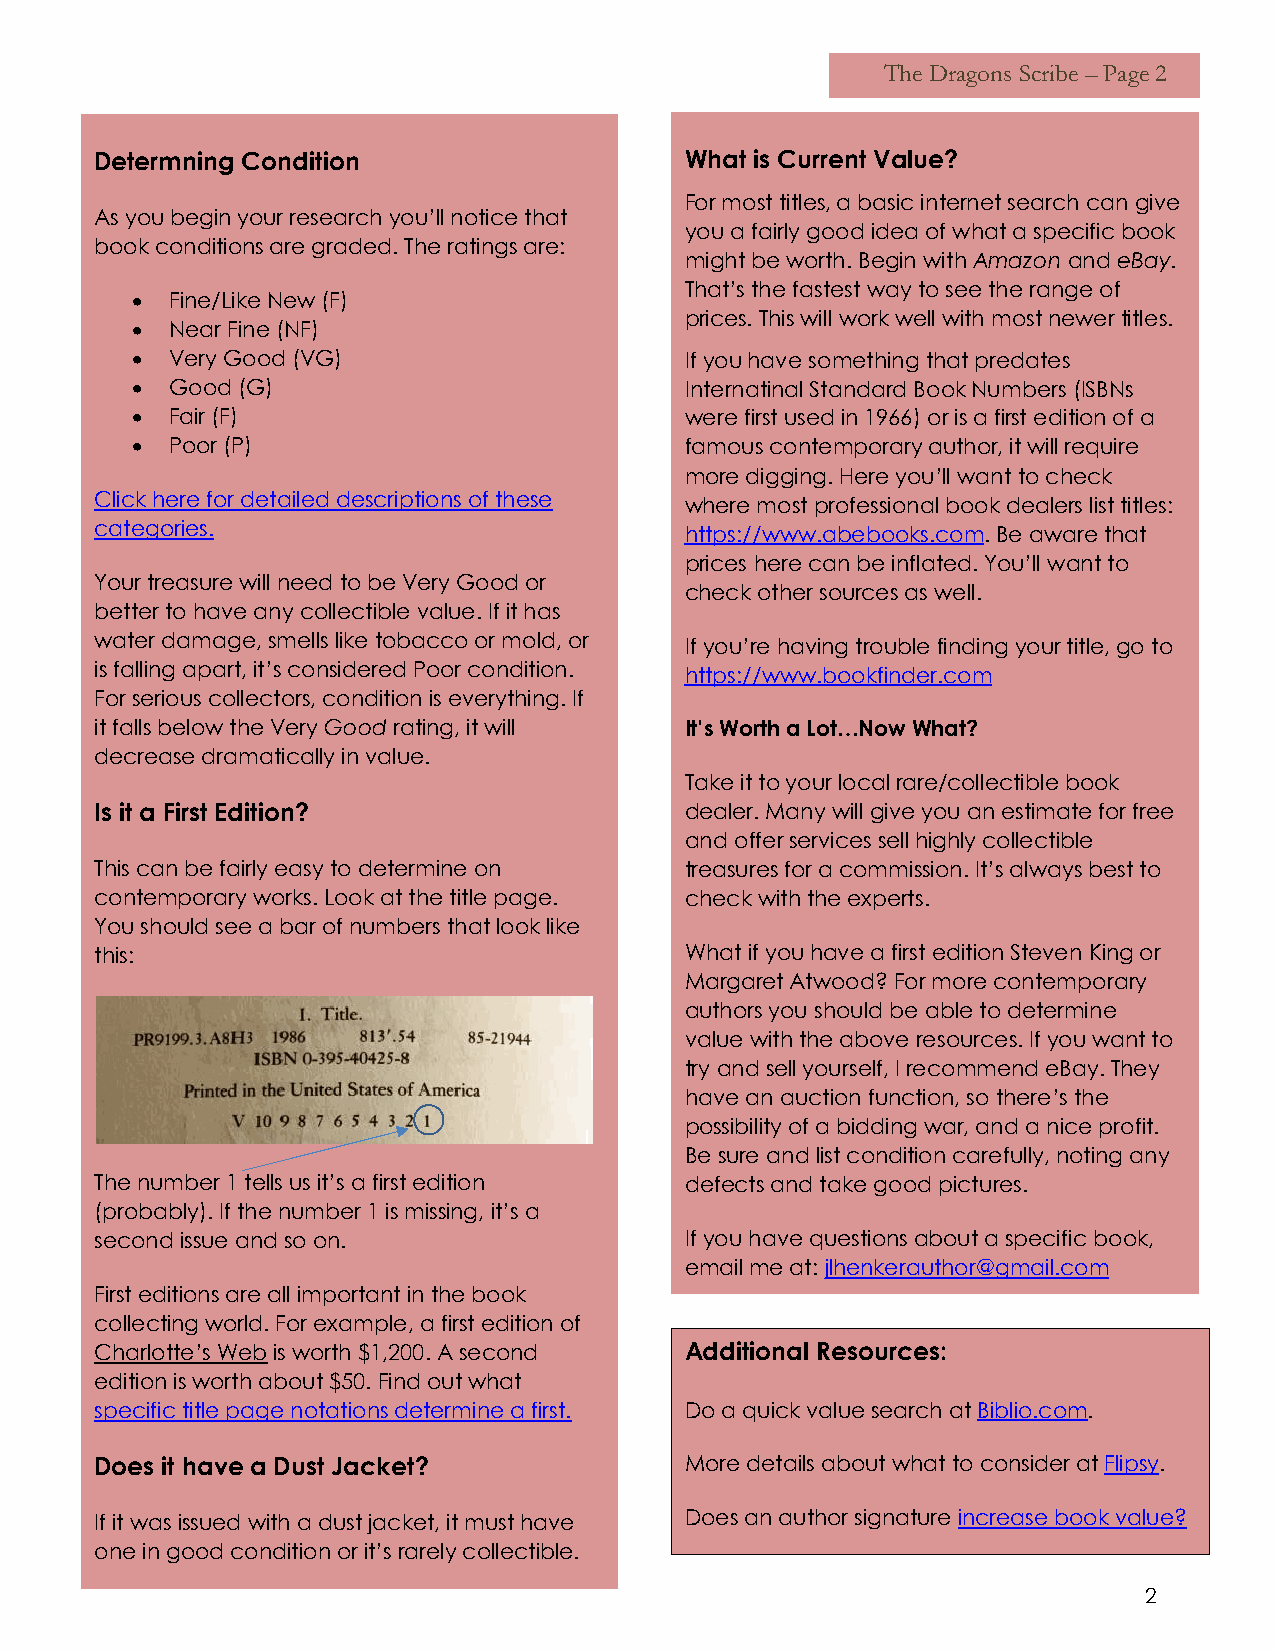
The Dragons Scribe – Page 2
 Determning Condition                   What is Current Value?
 For most titles, a basic internet search can give
 As you begin your research you’ll notice that
 you a fairly good idea of what a specific book
 book conditions are graded. The ratings are:
 might be worth. Begin with Amazon and eBay.
 That’s the fastest way to see the range of
 • Fine/Like New (F)
 prices. This will work well with most newer titles.
 • Near Fine (NF)
 • Very Good (VG)                    If you have something that predates
 • Good (G)                          Internatinal Standard Book Numbers (ISBNs
 • Fair (F)                          were first used in 1966) or is a first edition of a
 • Poor (P)                          famous contemporary author, it will require
 more digging. Here you’ll want to check
 Click here for detailed descriptions of these where most professional book dealers list titles:
 categories.                            https://www.abebooks.com. Be aware that
 prices here can be inflated. You’ll want to
 Your treasure will need to be Very Good or
 check other sources as well.
 better to have any collectible value. If it has
 water damage, smells like tobacco or mold, or If you’re having trouble finding your title, go to
 is falling apart, it’s considered Poor cond ition. https://www.bookfinder.com
 For serious collectors, condition is everything. If
 it falls below the Very Good rating, it will It’s Worth a Lot…Now What?
 decrease dramatically in value.
 Take it to your local rare/collectible book
 Is it a First Edition?                 dealer. Many will give you an estimate for free
 and offer services sell highly collectible
 This can be fairly easy to determine on treasures for a commission. It’s always best to
 contemporary works. Look at the title page. check with the experts.
 You should see a bar of numbers that look like
 this:                                  What if you have a first edition Steven King or
 Margaret Atwood? For more contemporary
 authors you should be able to determine
 value with the above resources. If you want to
 try and sell yourself, I recommend eBay. They
 have an auction function, so there’s the
 possibility of a bidding war, and a nice profit.
 Be sure and list condition carefully, noting any
 The number 1 tells us it’s a first edition defects and take good pictures.
 (probably). If the number 1 is missing, it’s a
 second issue and so on.                If you have questions about a specific book,
 email me at: jlhenkerauthor@gmail.com
 First editions are all important in the book
 collecting world. For example, a first edition of
 Charlotte’s Web is worth $1,200. A second Additional Resources:
 edition is worth about $50. Find out what
 specific title page notations determine a first. Do a quick value search at Biblio.com.
 Does it have a Dust Jacket?            More details about what to consider at Flipsy.
 If it was issued with a dust jacket, it must have Does an author signature increase book value?
 one in good condition or it’s rarely collectible.
 2